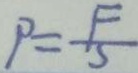
P = \frac { F } { S }